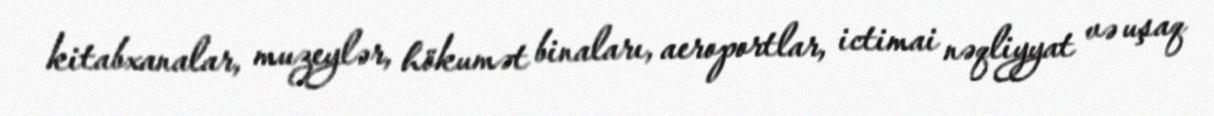
kitabxanalar, muzeylər, hökumət binaları, aeroportlar, ictimai nəqliyyat və uşaq